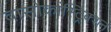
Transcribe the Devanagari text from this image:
वासोकांस्ट्रिक्शन